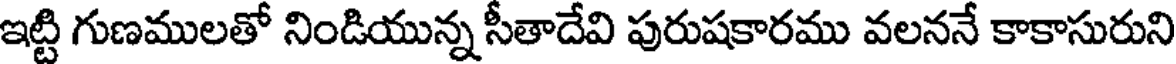
ఇట్టి గుణములతో నిండియున్న సీతాదేవి పురుషకారము వలననే కాకాసురుని